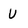
Character: U